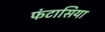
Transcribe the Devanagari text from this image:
फंटासिया